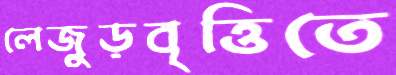
লেজুড়বৃত্তিতে